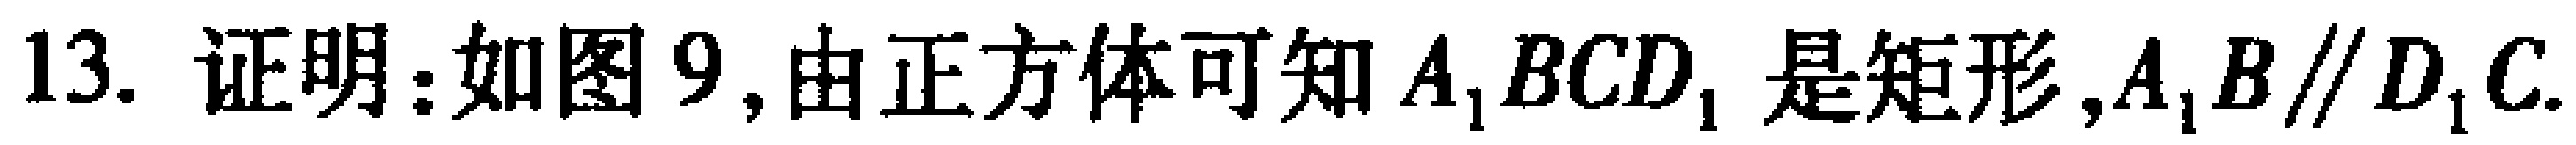
13. 证明：如图9,由正方体可知\(A_{1}BCD_{1}\)是矩形,\(A_{1}B\parallel D_{1}C\).